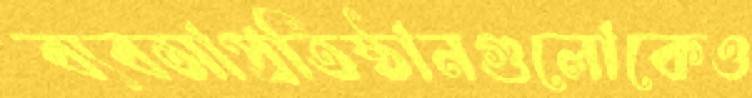
ব্যবসাপ্রতিষ্ঠানগুলোকেও